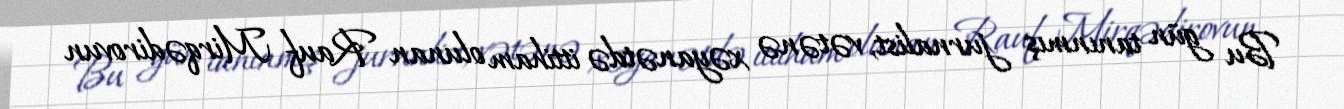
Bu gün tanınmış jurnalist, vətənə xəyanətdə ittiham olunan Rauf Mirqədirovun